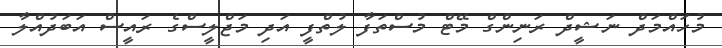
މުހައްމަދް ނަޝީދް ރަނިންގް މޭޓް މުސްތަފާ ލުތްފީ އަދި މަޖްލީސްގެ ރައީސް އަބަދުއްލާ